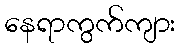
နေရာကွက်ကျား